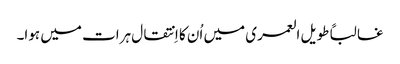
غالباً طویل العمری میں اُن کا اِنتقال ہرات میں ہوا۔